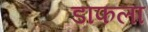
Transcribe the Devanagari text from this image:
डाफला